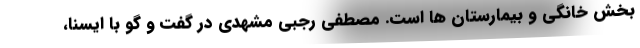
بخش خانگی و بیمارستان ها است. مصطفی رجبی مشهدی در گفت و گو با ایسنا،